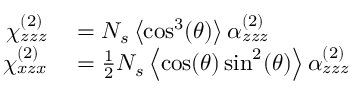
\begin{array} { r l } { \chi _ { z z z } ^ { ( 2 ) } } & { { } = N _ { s } \left\langle \cos ^ { 3 } ( \theta ) \right\rangle \alpha _ { z z z } ^ { ( 2 ) } } \\ { \chi _ { x z x } ^ { ( 2 ) } } & { { } = { \frac { 1 } { 2 } } N _ { s } \left\langle \cos ( \theta ) \sin ^ { 2 } ( \theta ) \right\rangle \alpha _ { z z z } ^ { ( 2 ) } } \end{array}